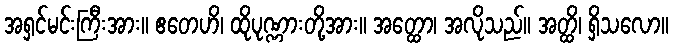
အရှင်မင်းကြီးအား။ ဧတေဟိ၊ ထိုပုဏ္ဏားတို့အား။ အတ္ထော၊ အလိုသည်။ အတ္ထိ၊ ရှိသလော။